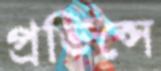
প্রভিন্সে